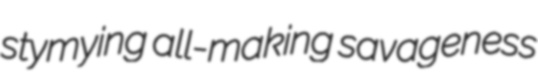
stymying all-making savageness